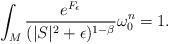
LaTeX: \begin{align*}\int_{M}\frac{e^{F_{\epsilon}}}{(|S|^2+\epsilon)^{1-\beta}}\omega^n_{0}=1. \end{align*}